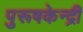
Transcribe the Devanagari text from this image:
पुरूषकेन्द्री